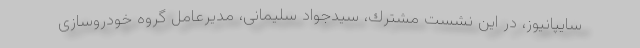
سایپانیوز، در این نشست مشترك، سیدجواد سلیمانی، مدیرعامل گروه خودروسازی